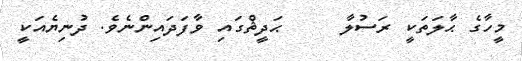
މީހާގެ ޙާލަތަކީ ރަސުލާ     ޙަދީޘްގައި ވާފަދައިންނެވެ. ދުނިޔެއަކީ